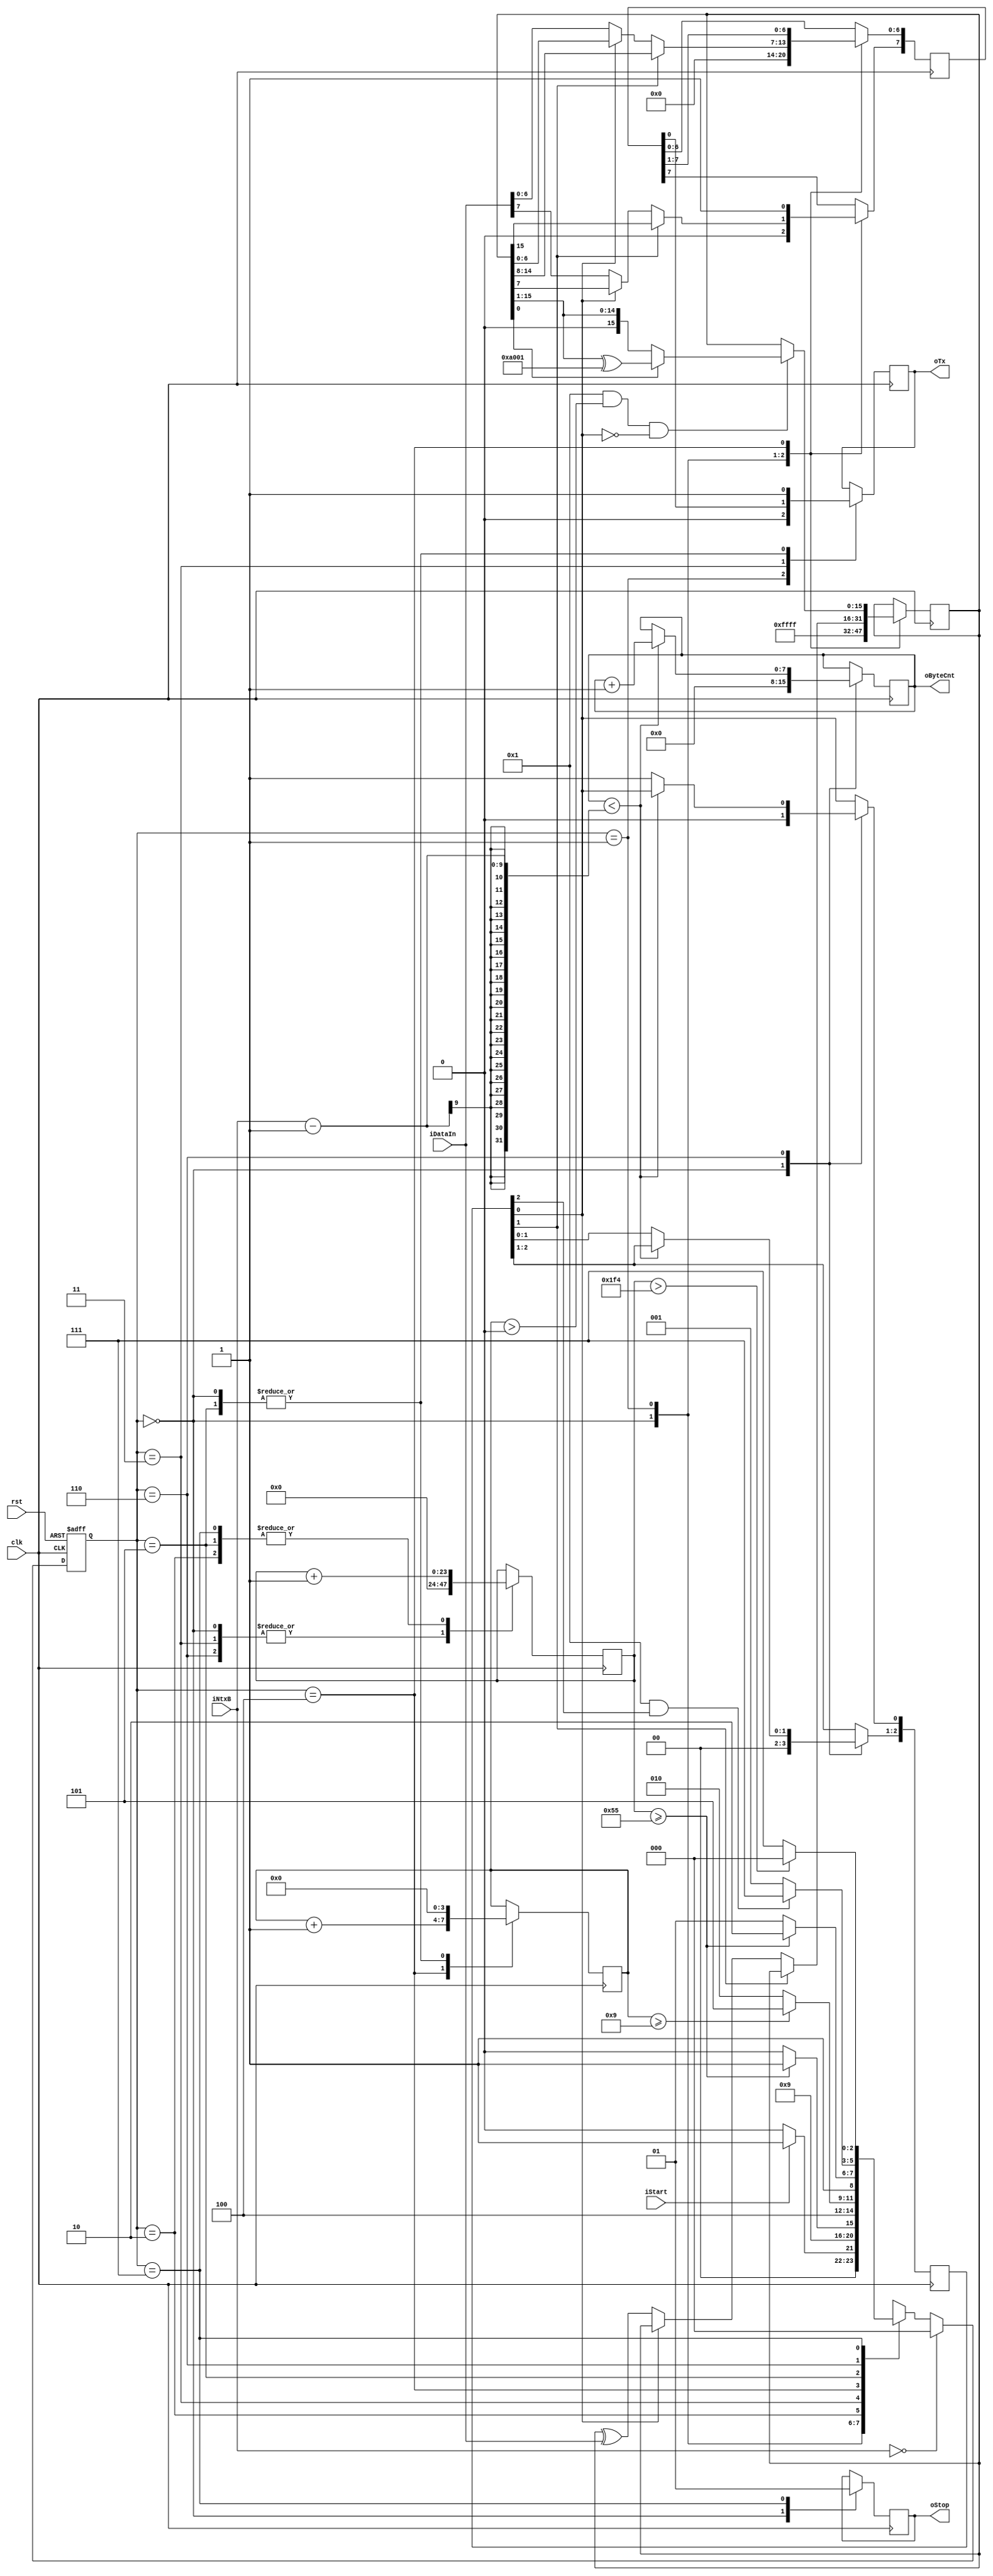
/*******************************************
					UART TX DRIVER

*******************************************/

module aTx (clk, rst, iStart, iDataIn, iNtxB, oByteCnt, oTx, oStop);


	//-----PARAMETERS------------------------
	parameter FCLK = 10000; 					// [kHz] System clock frequency, max freq = 50000 kHz
	parameter BRATE = 115200;					// [baud] Baudrate, min brate = 9600 baud
	parameter STOP_HOLD_TIME = 50;			// [us] Stop signal hold time
	parameter BUF_WIDTH = 8;  					// Buffer size Width, Size = 2**BUF_WIDTH
//	parameter [BUF_WIDTH:0] iNtxB = 256;	// Byte quantity
	parameter CRC_ENA = 1;						// Enable crc calculation	
	parameter CRC_POLY = 16'hA001;			// Modbus standart crc polynom
	
	//-----I/O-------------------------------
	input  clk;
	input  rst;
	input  iStart;
	input  [7:0] iDataIn;
	input  [BUF_WIDTH:0] iNtxB;
	output reg [BUF_WIDTH-1:0] oByteCnt = 0;
	output reg oTx = 1;
	output reg oStop = 0;


	//-----VARIABLES-------------------------
	reg [2:0]  state = 0;
	reg [2:0]  next_state = 0;
	reg [7:0]  Tx_data = 0;
	reg [23:0] brateCnt = 0;	
	reg [3:0]  bitCnt = 0; 	
	reg [15:0] crc = 0;	
	reg [2:0]  crcFlag = 0;




	
	always @(posedge rst or posedge clk) 
	begin
		if(rst) 
		begin
			state <= 0;
		end
		else begin 
			if(iNtxB == 0) state <= 0;
			else state <= next_state;
		end
	end
	
	
	always @(*)
	begin
		case(state)
			0: 
			begin
				if(iStart) next_state = 1;
				else next_state = 0;
			end
			1: 
			begin
				next_state = 2;
			end
			2: 
			begin
				if(brateCnt >= (FCLK * 1000 / BRATE) - 1) next_state = 3;
				else next_state = 2;
			end
			3: 
			begin
				next_state = 4;
			end
			4: 
			begin
				if(bitCnt >= 9) next_state = 5;
				else next_state = 2;
			end
			5: 
			begin
				if(brateCnt >= (FCLK * 1000 / BRATE) - 1) next_state = 6;
				else next_state = 5;
			end
			6: 
			begin
				if((!CRC_ENA && crcFlag[0]) || (CRC_ENA && crcFlag[2])) next_state = 7;
				else next_state = 1;
			end
			7: 
			begin
				if(brateCnt > (FCLK * STOP_HOLD_TIME / 1000)) next_state = 0;
				else next_state = 7;
			end	
			default: next_state = 0;
		endcase
	end
	
	always @(negedge clk)
	begin
		case(state)		
			0: 		// Reset
			begin
				oTx <= 1'b1;
				brateCnt <= 0;
				bitCnt <= 0;
				oByteCnt <= 0;
				Tx_data <= 0;
				oStop <= 0;
				if(CRC_ENA)crc <= 16'hFFFF;
				crcFlag <= 0;
			end
			1:
			begin
				oTx <= 0;
				if(CRC_ENA)
				begin
					if(crcFlag[1]) 
					begin
						Tx_data <= crc[15:8];
					end
					else if(crcFlag[0]) 
					begin
						Tx_data <= crc[7:0]; 
					end
					else begin
						Tx_data <= iDataIn; 
						crc <= crc ^ {8'b0, iDataIn};
					end
				end
				else begin
					Tx_data <= iDataIn;
				end
			end
			2:
			begin
				brateCnt <= brateCnt + 1'b1;
			end
			3: 
			begin
				brateCnt <= 0;
				oTx <= Tx_data[0];
			end
			4:
			begin
				Tx_data[7] <= 1'b1;
				Tx_data[6:0] <= Tx_data [7:1];
				bitCnt <= bitCnt + 1'b1;
				if(CRC_ENA && (bitCnt > 0) && !crcFlag[0]) crc <= crc[0] ? {1'b0,crc[15:1]} ^ CRC_POLY : {1'b0,crc[15:1]};
			end
			5:
			begin
				bitCnt <= 0;
				oTx <= 1;
				brateCnt <= brateCnt + 1'b1;
			end
			6:
			begin
				brateCnt <= 0;	
				if(oByteCnt < iNtxB - 1)
				begin
					oByteCnt <= oByteCnt + 1'b1;
				end
				else begin
					crcFlag[0] <= 1'b1;
					crcFlag[2:1] <= crcFlag[1:0];
				end
			end
			7:
			begin
				brateCnt <= brateCnt + 1'b1;
				oStop <= 1;
			end

		endcase
	end


endmodule